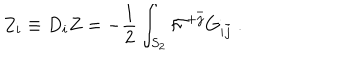
LaTeX: Z _ { i } \equiv D _ { i } Z = - { \frac { 1 } { 2 } } \int _ { S _ { 2 } } { \cal F } ^ { + \bar { j } } G _ { i \bar { j } } \ .